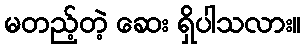
မတည့်တဲ့ ဆေး ရှိပါသလား။